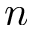
n